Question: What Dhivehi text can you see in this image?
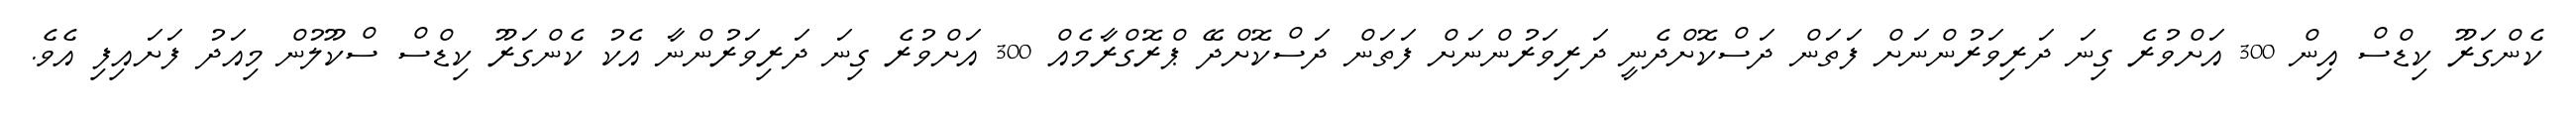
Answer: ކެންގަރޫ ކިޑްސް އިން 300 އަށްވުރެ ގިނަ ދަރިވަރުންނަށް ފަތަން ދަސްކޮށްދެނީ ދަރިވަރުންނަށް ފަތަން ދަސްކޮށްދޭ ޕްރޮގްރާމެއް 300 އަށްވުރެ ގިނަ ދަރިވަރުންނާ އެކު ކެންގަރޫ ކިޑްސް ސްކޫލުން މިއަދު ފަށައިފި އެވެ.